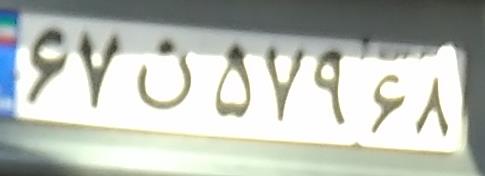
۶۷ن۵۷۹۶۸